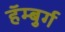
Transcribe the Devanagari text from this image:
हॅम्बुर्ग